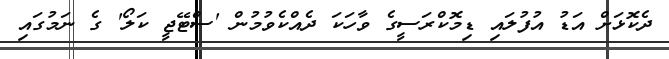
ދެކޮޅަށް އަޑު އުފުލައި ޑިމޮކްރަސީގެ ވާހަކަ ދެއްކެވުމުން 'ސްޓޭޖީ ކަލޯ' ގެ ނަމުގައި